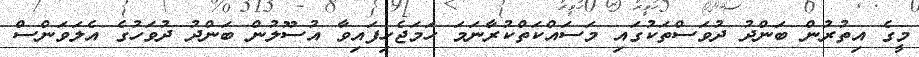
މީގެ އިތުރުން ބަންދު ދުވަސްތަކުގައި މަސައްކަތްކުރާނަމަ ހަމަޖެހިފައިވާ އުސޫލުން ބަންދު ދުވަހުގެ އެލަވަންސް